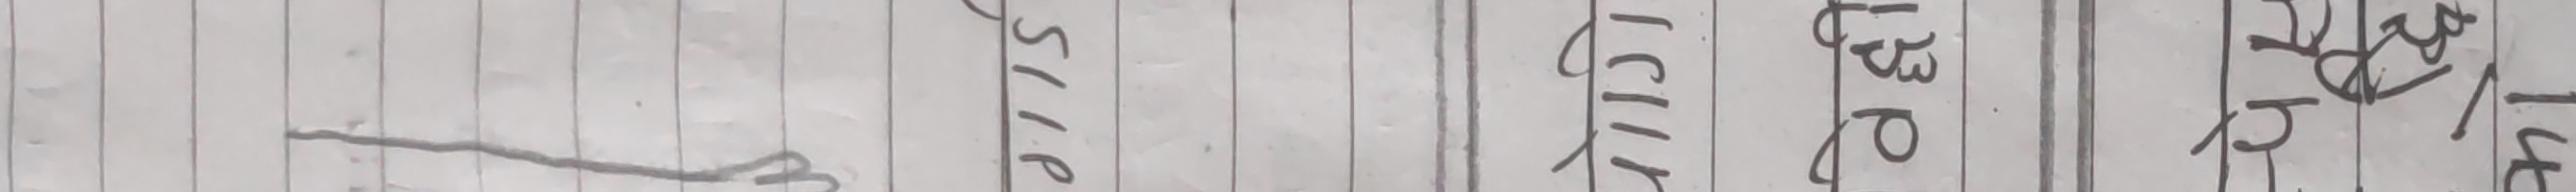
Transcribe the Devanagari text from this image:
१७ बिक्री कच्चा उद्धार